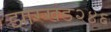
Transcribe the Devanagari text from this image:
झारखंड२४६